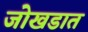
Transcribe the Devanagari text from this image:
जोखडात